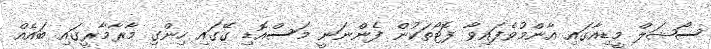
ސޯޝަލް މީޑިއާގައި އާންމުވެފައިވާ ފޮޓޯތަކުން ފެންނަނީ މަސްއޮޑި ގޭގައި ހިންގި މާރާމާރީގައި ބައެއް